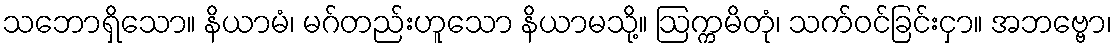
သဘောရှိသော။ နိယာမံ၊ မဂ်တည်းဟူသော နိယာမသို့။ ဩက္ကမိတုံ၊ သက်ဝင်ခြင်းငှာ။ အဘဗ္ဗော၊